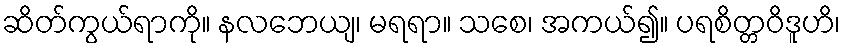
ဆိတ်ကွယ်ရာကို။ နလဘေယျ၊ မရရာ။ သစေ၊ အကယ်၍။ ပရစိတ္တဝိဒူဟိ၊